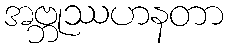
အဗ္ဘုဿဟနတာ